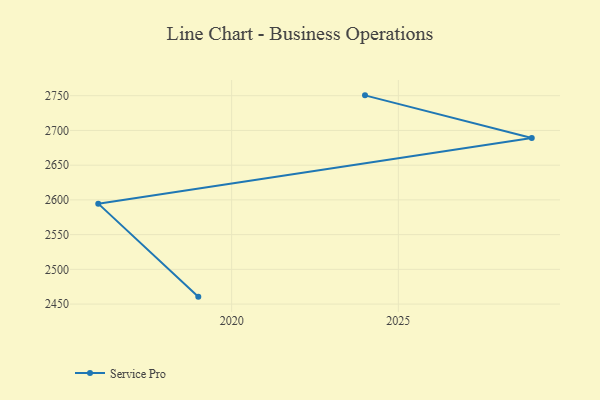
{"axis": {"x": "Year", "y": "Operating Costs (USD K)"}, "legend": ["Service Pro"], "data": [{"x": "2024", "y": 2750.5, "type": "Service Pro"}, {"x": "2029", "y": 2689.2, "type": "Service Pro"}, {"x": "2016", "y": 2594.6, "type": "Service Pro"}, {"x": "2019", "y": 2460.7, "type": "Service Pro"}]}